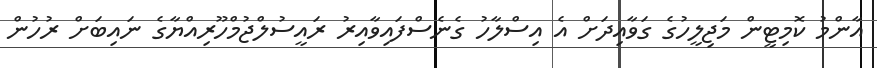
އާންމު ކޮމިޓީން މަޖިލީހުގެ ގަވާއިދަށް އެ އިސްލާހު ގެނެސްފައިވާއިރު ރައީސުލްޖުމްހޫރިއްޔާގެ ނައިބަށް ރުހުން